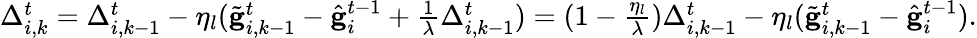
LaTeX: \begin{array}{r}{\Delta_{i,k}^{t}=\Delta_{i,k-1}^{t}-\eta_{l}(\tilde{\mathbf{g}}_{i,k-1}^{t}-\hat{\mathbf{g}}_{i}^{t-1}+\frac{1}{\lambda}\Delta_{i,k-1}^{t})=(1-\frac{\eta_{l}}{\lambda})\Delta_{i,k-1}^{t}-\eta_{l}(\tilde{\mathbf{g}}_{i,k-1}^{t}-\hat{\mathbf{g}}_{i}^{t-1}).}\end{array}